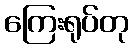
ကြေးရုပ်တု